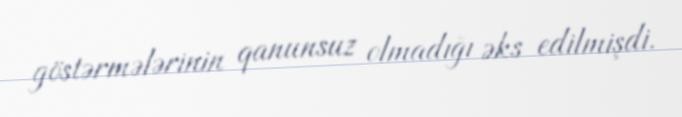
göstərmələrinin qanunsuz olmadığı əks edilmişdi.